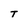
Character: T